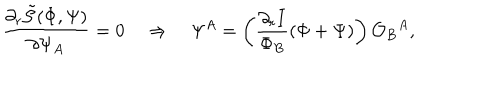
\frac { \partial _ { r } \tilde { \cal S } ( \Phi , \Psi ) } { \partial \Psi _ { A } } = 0 \quad \Rightarrow \quad \Psi ^ { A } = \left( \frac { \partial _ { r } I } { \Phi _ { B } } ( \Phi + \Psi ) \right) { \cal O } _ { B } { } ^ { A } ,